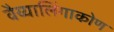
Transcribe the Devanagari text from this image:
वैय्यालिंगाकोण